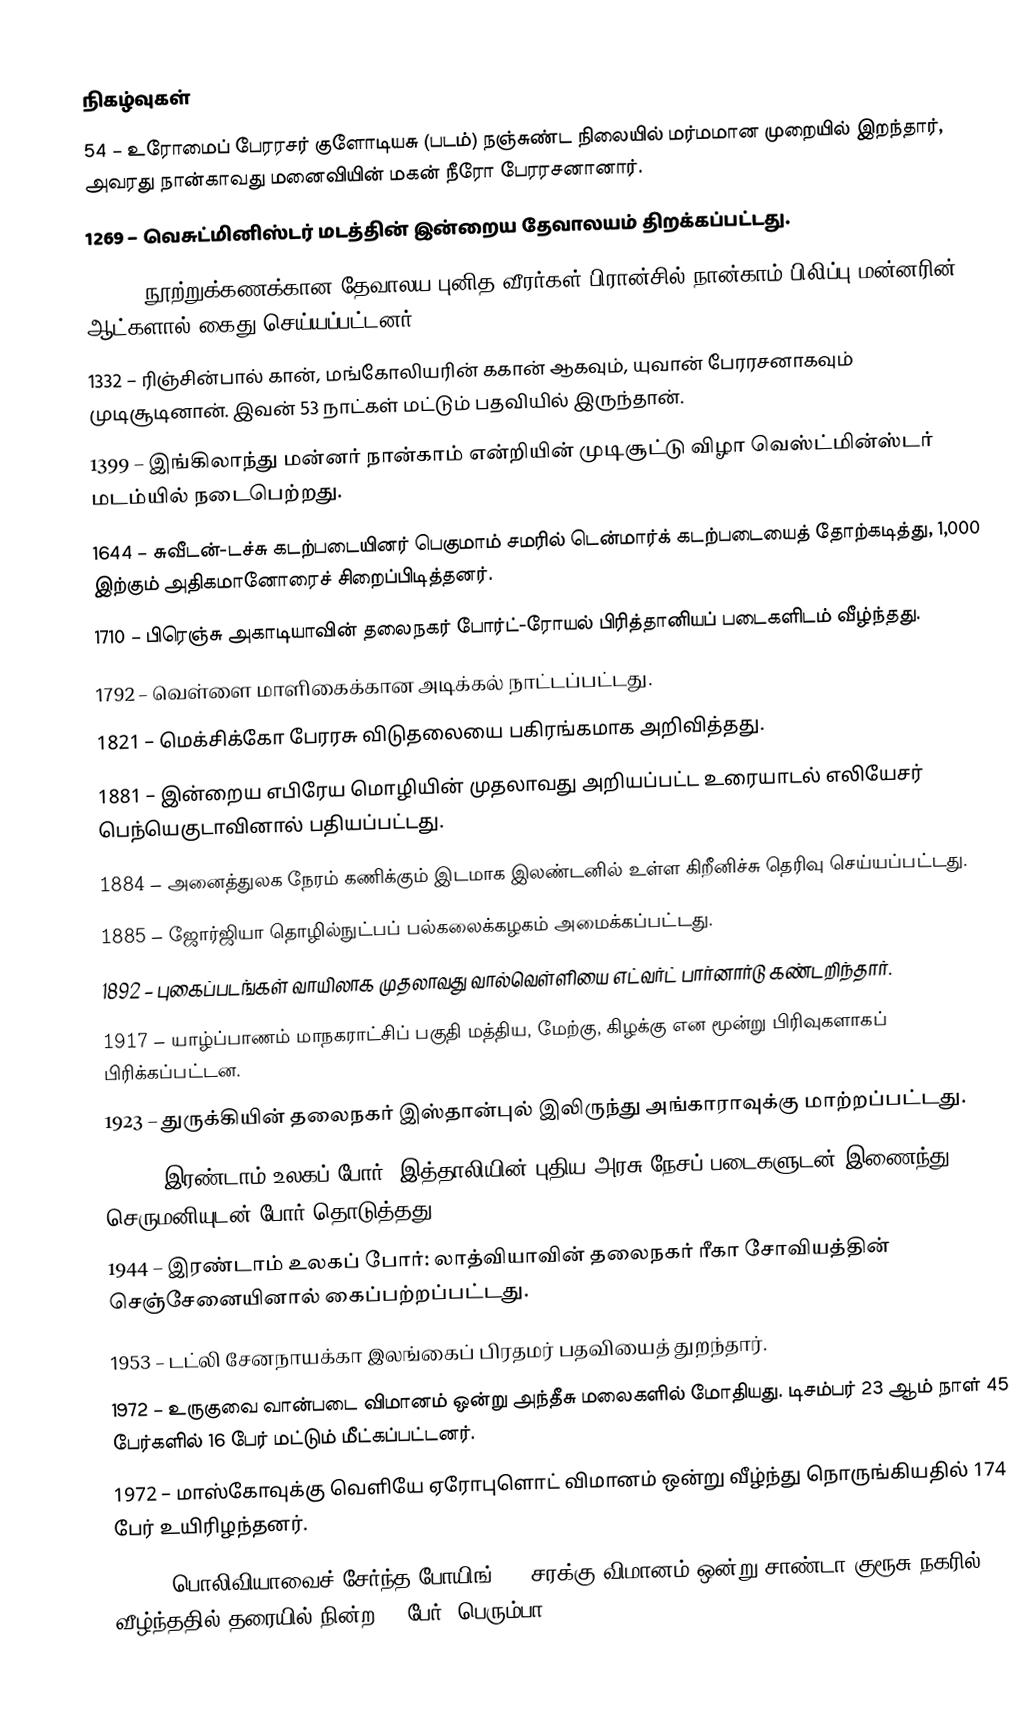

நிகழ்வுகள்
54 – உரோமைப் பேரரசர் குளோடியசு (படம்) நஞ்சுண்ட நிலையில் மர்மமான முறையில் இறந்தார், அவரது நான்காவது மனைவியின் மகன் நீரோ பேரரசனானார்.
1269 – வெசுட்மினிஸ்டர் மடத்தின் இன்றைய தேவாலயம் திறக்கப்பட்டது.
1307 – நூற்றுக்கணக்கான தேவாலய புனித வீரர்கள் பிரான்சில் நான்காம் பிலிப்பு மன்னரின் ஆட்களால் கைது செய்யப்பட்டனர்.
1332 – ரிஞ்சின்பால் கான், மங்கோலியரின் ககான் ஆகவும், யுவான் பேரரசனாகவும் முடிசூடினான். இவன் 53 நாட்கள் மட்டும் பதவியில் இருந்தான்.
1399 – இங்கிலாந்து மன்னர் நான்காம் என்றியின் முடிசூட்டு விழா வெஸ்ட்மின்ஸ்டர் மடம்யில் நடைபெற்றது.
1644 – சுவீடன்-டச்சு கடற்படையினர் பெகுமாம் சமரில் டென்மார்க் கடற்படையைத் தோற்கடித்து, 1,000 இற்கும் அதிகமானோரைச் சிறைப்பிடித்தனர்.
1710 – பிரெஞ்சு அகாடியாவின் தலைநகர் போர்ட்-ரோயல் பிரித்தானியப் படைகளிடம் வீழ்ந்தது.
1792 – வெள்ளை மாளிகைக்கான அடிக்கல் நாட்டப்பட்டது.
1821 – மெக்சிக்கோ பேரரசு விடுதலையை பகிரங்கமாக அறிவித்தது.
1881 – இன்றைய எபிரேய மொழியின் முதலாவது அறியப்பட்ட உரையாடல் எலியேசர் பெந்யெகுடாவினால் பதியப்பட்டது.
1884 – அனைத்துலக நேரம் கணிக்கும் இடமாக இலண்டனில் உள்ள கிறீனிச்சு தெரிவு செய்யப்பட்டது.
1885 – ஜோர்ஜியா தொழில்நுட்பப் பல்கலைக்கழகம் அமைக்கப்பட்டது.
1892 – புகைப்படங்கள் வாயிலாக முதலாவது வால்வெள்ளியை எட்வர்ட் பார்னார்டு கண்டறிந்தார்.
1917 – யாழ்ப்பாணம் மாநகராட்சிப் பகுதி மத்திய, மேற்கு, கிழக்கு என மூன்று பிரிவுகளாகப் பிரிக்கப்பட்டன.
1923 – துருக்கியின் தலைநகர் இஸ்தான்புல் இலிருந்து அங்காராவுக்கு மாற்றப்பட்டது.
1943 – இரண்டாம் உலகப் போர்: இத்தாலியின் புதிய அரசு நேசப் படைகளுடன் இணைந்து செருமனியுடன் போர் தொடுத்தது.
1944 – இரண்டாம் உலகப் போர்: லாத்வியாவின் தலைநகர் ரீகா சோவியத்தின் செஞ்சேனையினால் கைப்பற்றப்பட்டது.
1953 – டட்லி சேனநாயக்கா இலங்கைப் பிரதமர் பதவியைத் துறந்தார்.
1972 – உருகுவை வான்படை விமானம் ஒன்று அந்தீசு மலைகளில் மோதியது. டிசம்பர் 23 ஆம் நாள் 45 பேர்களில் 16 பேர் மட்டும் மீட்கப்பட்டனர்.
1972 – மாஸ்கோவுக்கு வெளியே ஏரோபுளொட் விமானம் ஒன்று வீழ்ந்து நொருங்கியதில் 174 பேர் உயிரிழந்தனர்.
1976 – பொலிவியாவைச் சேர்ந்த போயிங் 707 சரக்கு விமானம் ஒன்று சாண்டா குரூசு நகரில் வீழ்ந்ததில் தரையில் நின்ற 97 பேர் (பெரும்பா